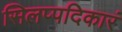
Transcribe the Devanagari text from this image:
सिलप्पदिकारं